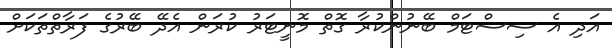
އަދި އެ ސިސްޓަމް ބޭނުންކުރާ ގޮތް މޮނީޓަރު ކުރަން އެދޭ ބޭރުގެ ފަރާތްތަކަށް